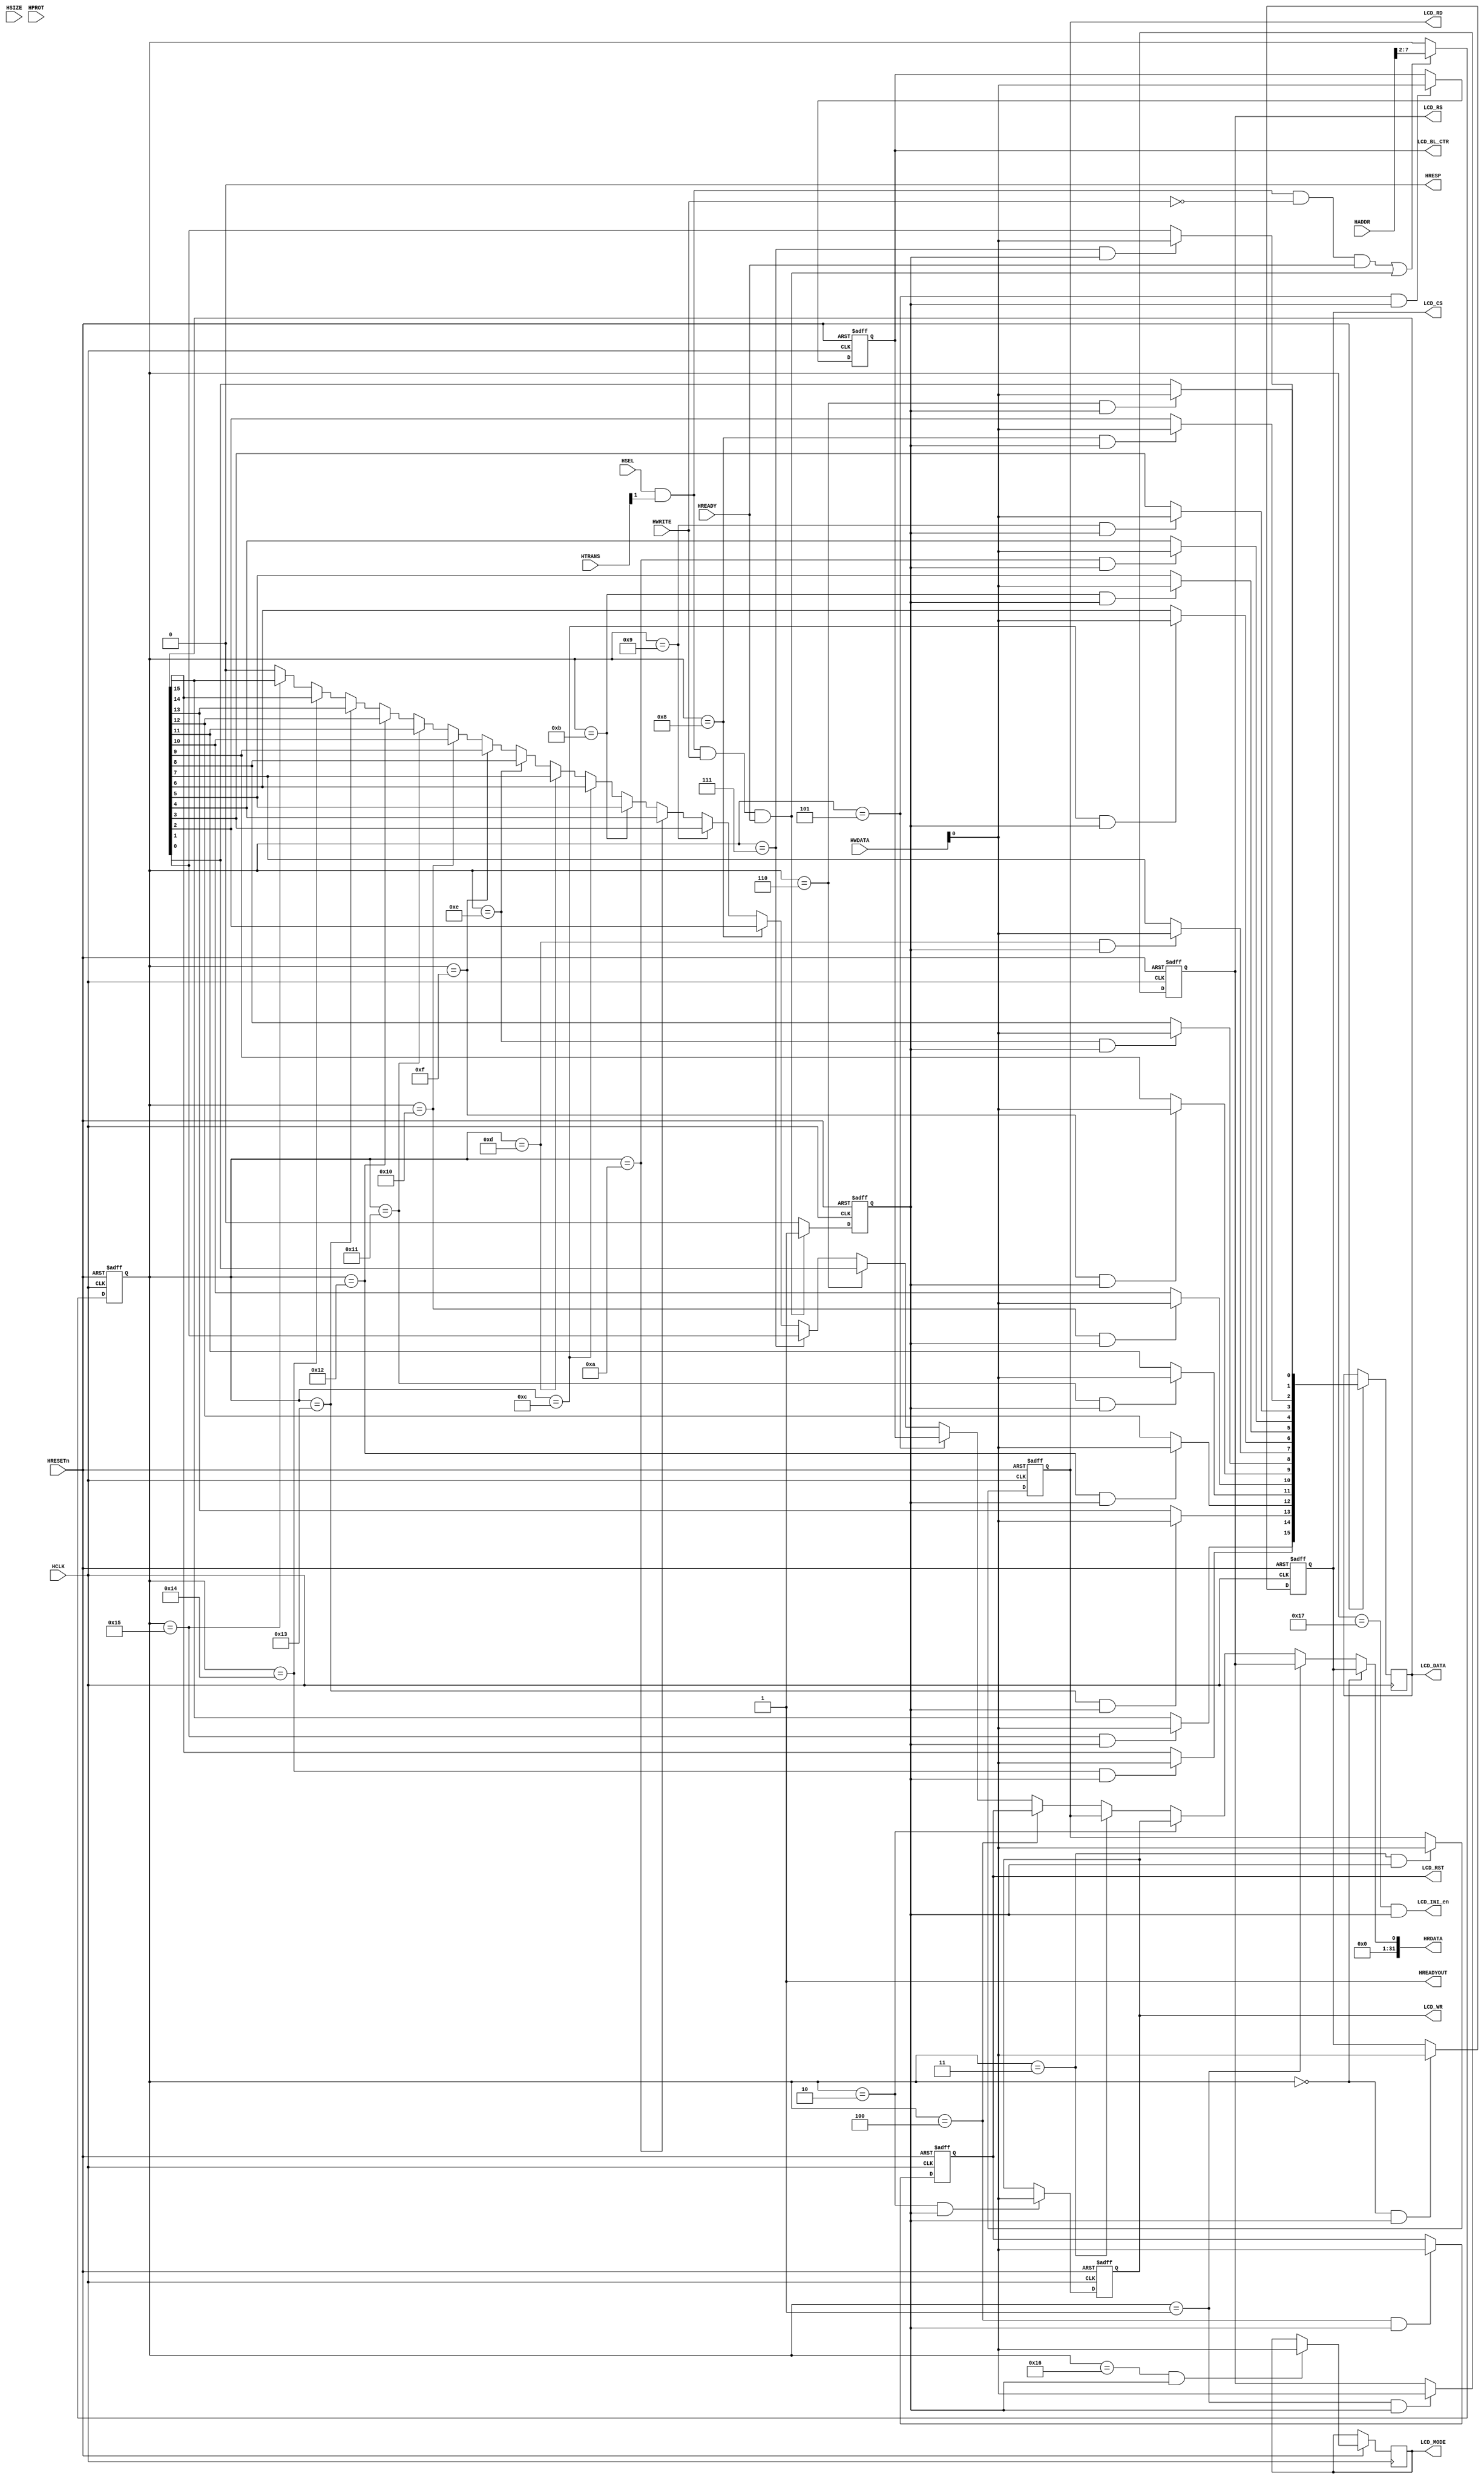
module AHBlite_LCD(
    input  wire                         HCLK,    
    input  wire                         HRESETn, 
    input  wire                         HSEL,    
    input  wire   [31:0]                HADDR,   
    input  wire    [1:0]                HTRANS,  
    input  wire    [2:0]                HSIZE,   
    input  wire    [3:0]                HPROT,   
    input  wire                         HWRITE,  
    input  wire   [31:0]                HWDATA,  
    input  wire                         HREADY,  
    output wire                         HREADYOUT, 
    output wire    [31:0]               HRDATA,  
    output wire                         HRESP,

    output  wire                        LCD_CS,
    output  wire                        LCD_RS,
    output  wire                        LCD_WR,
    output  wire                        LCD_RD,
    output  wire                        LCD_RST,
    output  wire    [15:0]              LCD_DATA,
    output  wire                        LCD_BL_CTR,

    output  wire                        LCD_MODE,
    output  wire                        LCD_INI_en
);

assign HRESP = 1'b0;
assign HREADYOUT = 1'b1;

wire read_en;
assign read_en=HSEL&HTRANS[1]&(~HWRITE)&HREADY;

wire write_en;
assign write_en=HSEL&HTRANS[1]&(HWRITE)&HREADY;

reg [5:0] addr;
always@(posedge HCLK or negedge HRESETn) begin
  if(~HRESETn) addr <= 6'b0;
  else if(read_en || write_en) addr <= HADDR[7:2];
end

reg write_en_reg;
always@(posedge HCLK or negedge HRESETn) begin
  if(~HRESETn) write_en_reg <= 1'b0;
  else if(write_en) write_en_reg <= 1'b1;
  else  write_en_reg <= 1'b0;
end

wire        LCD_CS_en;
wire        LCD_RS_en;
wire        LCD_WR_en;
wire        LCD_RD_en;
wire        LCD_RST_en;
wire        LCD_BL_CTR_en;
wire [15:0] LCD_DATA_en;

assign LCD_CS_en        = addr == 6'h00 & write_en_reg;
assign LCD_RS_en        = addr == 6'h01 & write_en_reg;
assign LCD_WR_en        = addr == 6'h02 & write_en_reg;
assign LCD_RD_en        = addr == 6'h03 & write_en_reg;
assign LCD_RST_en       = addr == 6'h04 & write_en_reg;
assign LCD_BL_CTR_en    = addr == 6'h05 & write_en_reg;
assign LCD_DATA_en[0]   = addr == 6'h06 & write_en_reg;
assign LCD_DATA_en[1]   = addr == 6'h07 & write_en_reg;
assign LCD_DATA_en[2]   = addr == 6'h08 & write_en_reg;
assign LCD_DATA_en[3]   = addr == 6'h09 & write_en_reg;
assign LCD_DATA_en[4]   = addr == 6'h0A & write_en_reg;
assign LCD_DATA_en[5]   = addr == 6'h0B & write_en_reg;
assign LCD_DATA_en[6]   = addr == 6'h0C & write_en_reg;
assign LCD_DATA_en[7]   = addr == 6'h0D & write_en_reg;
assign LCD_DATA_en[8]   = addr == 6'h0E & write_en_reg;
assign LCD_DATA_en[9]   = addr == 6'h0F & write_en_reg;
assign LCD_DATA_en[10]  = addr == 6'h10 & write_en_reg;
assign LCD_DATA_en[11]  = addr == 6'h11 & write_en_reg;
assign LCD_DATA_en[12]  = addr == 6'h12 & write_en_reg;
assign LCD_DATA_en[13]  = addr == 6'h13 & write_en_reg;
assign LCD_DATA_en[14]  = addr == 6'h14 & write_en_reg;
assign LCD_DATA_en[15]  = addr == 6'h15 & write_en_reg;

assign LCD_MODE_en      = addr == 6'h16 & write_en_reg;
assign LCD_INI_en       = addr == 6'h17 & write_en_reg;

reg        LCD_CS_reg;
reg        LCD_RS_reg;
reg        LCD_WR_reg;
reg        LCD_RD_reg;
reg        LCD_RST_reg;
reg        LCD_BL_CTR_reg;
reg [15:0] LCD_DATA_reg;

always@(posedge HCLK or negedge HRESETn) begin
    if(~HRESETn) begin
        LCD_CS_reg <= 1'b0;
        LCD_RS_reg <= 1'b0;
        LCD_WR_reg <= 1'b0;
        LCD_RD_reg <= 1'b0;
        LCD_RST_reg <= 1'b0;
        LCD_BL_CTR_reg <= 1'b0;
    end 
    else begin
        if (LCD_CS_en) begin
            LCD_CS_reg <= HWDATA[0];
        end
        if (LCD_RS_en) begin
            LCD_RS_reg <= HWDATA[0];
        end
        if (LCD_WR_en) begin
            LCD_WR_reg <= HWDATA[0];
        end
        if (LCD_RD_en) begin
            LCD_RD_reg <= HWDATA[0];
        end
        if (LCD_RST_en) begin
            LCD_RST_reg <= HWDATA[0];
        end
        if (LCD_BL_CTR_en) begin
            LCD_BL_CTR_reg <= HWDATA[0];
        end
        //-----------------------------------------------
        //              DATA
        //-----------------------------------------------
        if (LCD_DATA_en[0]) begin
            LCD_DATA_reg[0] <= HWDATA[0];
        end
        if (LCD_DATA_en[1]) begin
            LCD_DATA_reg[1] <= HWDATA[0];
        end
        if (LCD_DATA_en[2]) begin
            LCD_DATA_reg[2] <= HWDATA[0];
        end
        if (LCD_DATA_en[3]) begin
            LCD_DATA_reg[3] <= HWDATA[0];
        end
        if (LCD_DATA_en[4]) begin
            LCD_DATA_reg[4] <= HWDATA[0];
        end
        if (LCD_DATA_en[5]) begin
            LCD_DATA_reg[5] <= HWDATA[0];
        end
        if (LCD_DATA_en[6]) begin
            LCD_DATA_reg[6] <= HWDATA[0];
        end
        if (LCD_DATA_en[7]) begin
            LCD_DATA_reg[7] <= HWDATA[0];
        end
        if (LCD_DATA_en[8]) begin
            LCD_DATA_reg[8] <= HWDATA[0];
        end
        if (LCD_DATA_en[9]) begin
            LCD_DATA_reg[9] <= HWDATA[0];
        end
        if (LCD_DATA_en[10]) begin
            LCD_DATA_reg[10] <= HWDATA[0];
        end
        if (LCD_DATA_en[11]) begin
            LCD_DATA_reg[11] <= HWDATA[0];
        end
        if (LCD_DATA_en[12]) begin
            LCD_DATA_reg[12] <= HWDATA[0];
        end
        if (LCD_DATA_en[13]) begin
            LCD_DATA_reg[13] <= HWDATA[0];
        end
        if (LCD_DATA_en[14]) begin
            LCD_DATA_reg[14] <= HWDATA[0];
        end
        if (LCD_DATA_en[15]) begin
            LCD_DATA_reg[15] <= HWDATA[0];
        end
        //-----------------------------------------------
        //              MODE
        //-----------------------------------------------
        if (LCD_MODE_en) begin
            LCD_MODE <= HWDATA[0];
        end
    end
end

//-------------------------------------------------------------------       
//                  HRDATA DECODER
//-------------------------------------------------------------------

assign HRDATA[0] =  (   addr == 6'h00   ) ?  LCD_CS_reg        :   (         
                    (   addr == 6'h01   ) ?  LCD_RS_reg        :   (
                    (   addr == 6'h02   ) ?  LCD_WR_reg        :   (
                    (   addr == 6'h03   ) ?  LCD_RD_reg        :   (
                    (   addr == 6'h04   ) ?  LCD_RST_reg        :   (
                    (   addr == 6'h05   ) ?  LCD_BL_CTR_reg     :   (
                    (   addr == 6'h06   ) ?  LCD_DATA_reg[0]    :   (
                    (   addr == 6'h07   ) ?  LCD_DATA_reg[1]    :   (
                    (   addr == 6'h08   ) ?  LCD_DATA_reg[2]    :   (
                    (   addr == 6'h09   ) ?  LCD_DATA_reg[3]    :   (
                    (   addr == 6'h0A   ) ?  LCD_DATA_reg[4]    :   (
                    (   addr == 6'h0B   ) ?  LCD_DATA_reg[5]    :   (
                    (   addr == 6'h0C   ) ?  LCD_DATA_reg[6]    :   (
                    (   addr == 6'h0D   ) ?  LCD_DATA_reg[7]    :   (
                    (   addr == 6'h0E   ) ?  LCD_DATA_reg[8]    :   (
                    (   addr == 6'h0F   ) ?  LCD_DATA_reg[9]    :   (
                    (   addr == 6'h10   ) ?  LCD_DATA_reg[10]   :   (
                    (   addr == 6'h11   ) ?  LCD_DATA_reg[11]   :   (
                    (   addr == 6'h12   ) ?  LCD_DATA_reg[12]   :   (
                    (   addr == 6'h13   ) ?  LCD_DATA_reg[13]   :   (
                    (   addr == 6'h14   ) ?  LCD_DATA_reg[14]   :   (
                    (   addr == 6'h15   ) ?  LCD_DATA_reg[15]   :   1'b0)))))))))))))))))))));
assign HRDATA[31 : 1] = 31'b0;

assign LCD_CS       = LCD_CS_reg;
assign LCD_RS       = LCD_RS_reg;
assign LCD_WR       = LCD_WR_reg;
assign LCD_RD       = LCD_RD_reg;
assign LCD_RST      = LCD_RST_reg;
assign LCD_BL_CTR   = LCD_BL_CTR_reg;
assign LCD_DATA     = LCD_DATA_reg;
endmodule